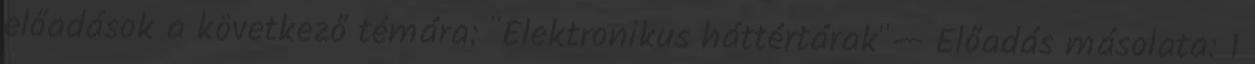
előadások a következő témára: "Elektronikus háttértárak"— Előadás másolata: 1